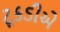
ટૂકડીએ